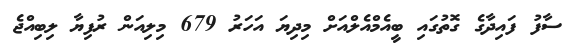
ސާފު ފައިދާގެ ގޮތުގައި ބީއެމްއެލްްއަށް މިދިޔަ އަހަރު 679 މިލިއަން ރުފިޔާ ލިބިއްޖެ